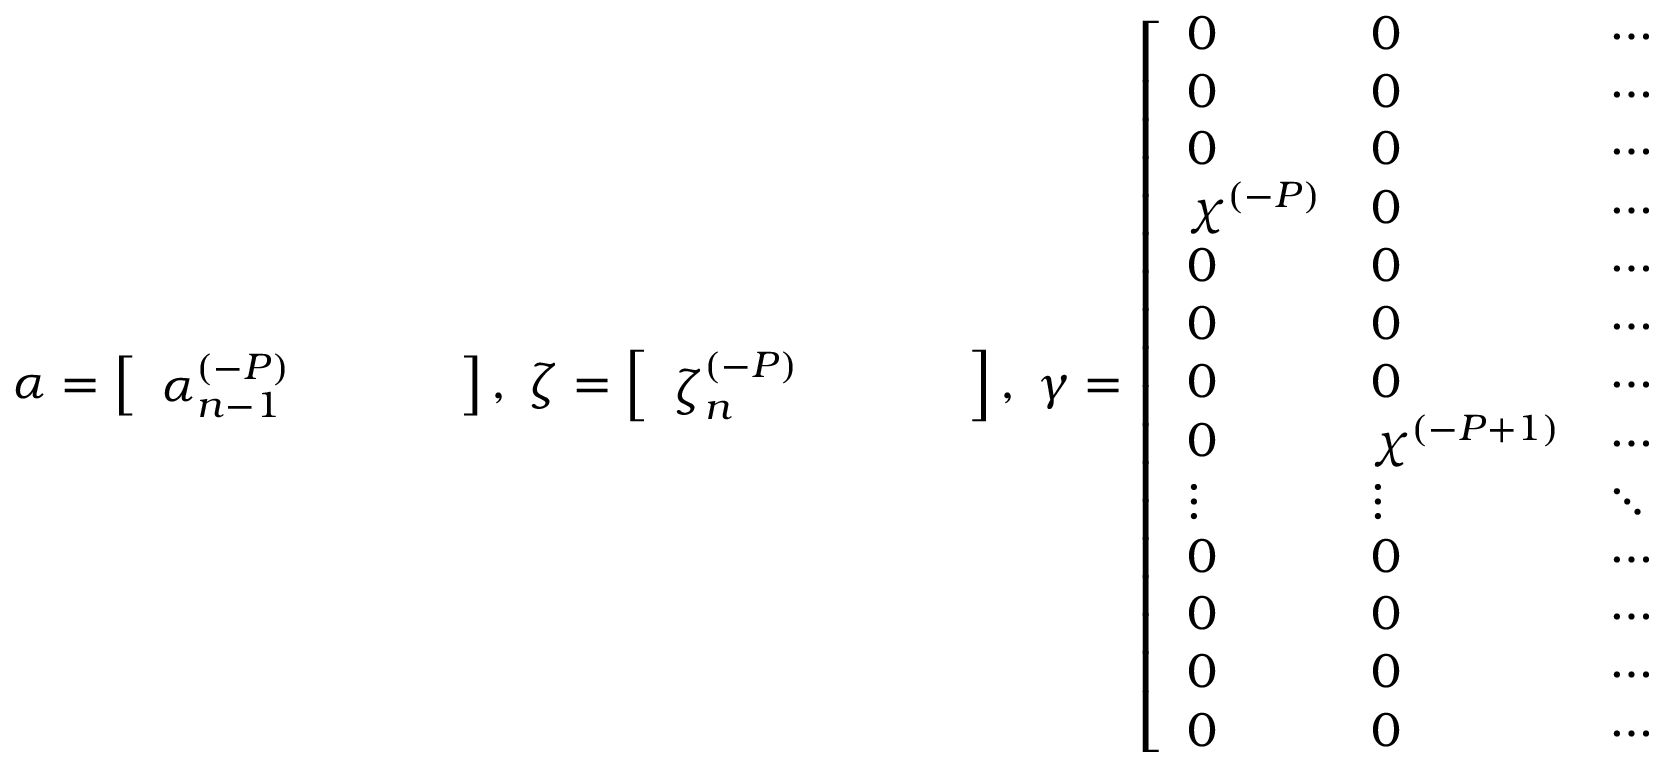
\boldsymbol \alpha = \left[ \begin{array} { c c c c } { \boldsymbol \alpha _ { n - 1 } ^ { ( - P ) } } & { } & { } & { } \end{array} \right] , \; \boldsymbol \zeta = \left[ \begin{array} { c c c c } { \boldsymbol \zeta _ { n } ^ { ( - P ) } } & { } & { } & { } \end{array} \right] , \; \boldsymbol \gamma = \left[ \begin{array} { l l l l } { 0 } & { 0 } & { \cdots } & { 0 } \\ { 0 } & { 0 } & { \cdots } & { 0 } \\ { 0 } & { 0 } & { \cdots } & { 0 } \\ { \chi ^ { ( - P ) } } & { 0 } & { \cdots } & { 0 } \\ { 0 } & { 0 } & { \cdots } & { 0 } \\ { 0 } & { 0 } & { \cdots } & { 0 } \\ { 0 } & { 0 } & { \cdots } & { 0 } \\ { 0 } & { \chi ^ { ( - P + 1 ) } } & { \cdots } & { 0 } \\ { \vdots } & { \vdots } & { \ddots } & { \vdots } \\ { 0 } & { 0 } & { \cdots } & { 0 } \\ { 0 } & { 0 } & { \cdots } & { 0 } \\ { 0 } & { 0 } & { \cdots } & { 0 } \\ { 0 } & { 0 } & { \cdots } & { \chi ^ { ( P ) } } \end{array} \right]